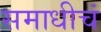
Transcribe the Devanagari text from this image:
समाधीचं